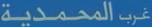
غربالمحمدية